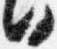
日